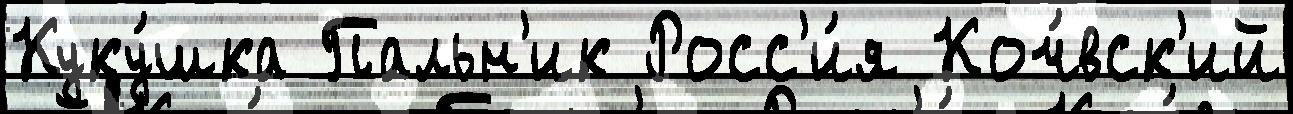
Куку́шка Пальн'ик Росс'и́я Коч́вск'ий